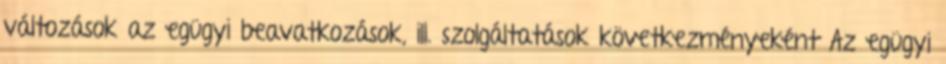
változások az egügyi beavatkozások, ill. szolgáltatások következményeként Az egügyi